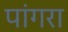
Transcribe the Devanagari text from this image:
पांगरा